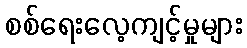
စစ်ရေးလေ့ကျင့်မှုများ